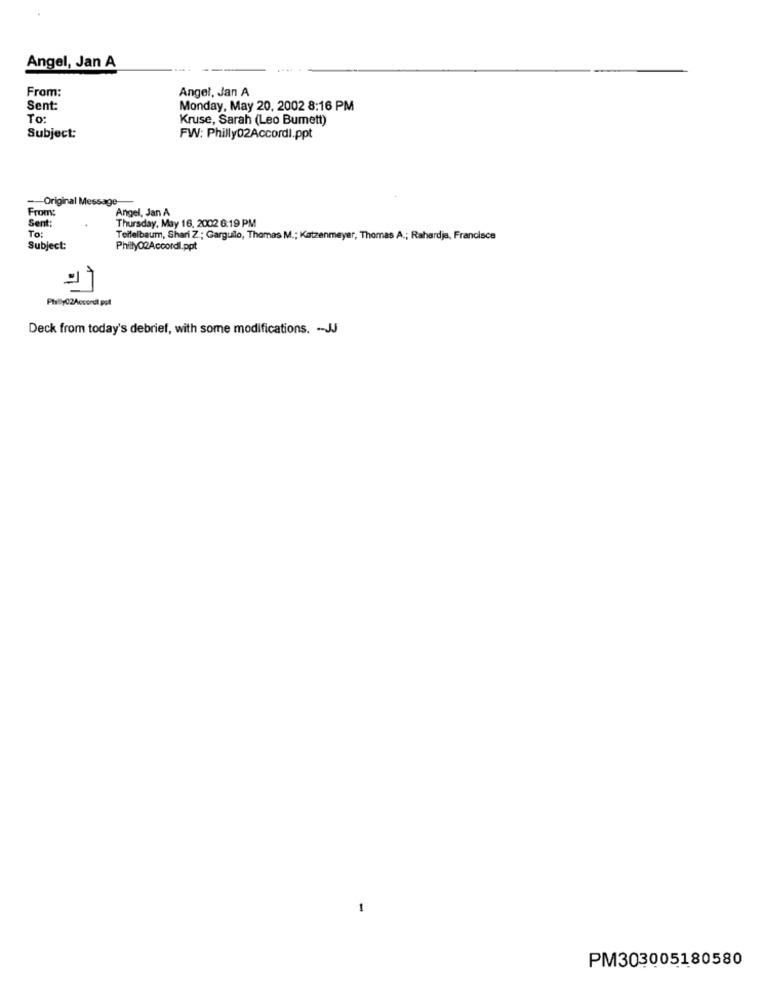
Angel, Jan A
From:
Angel, Jan A
Sent:
Monday, May 20, 2002 8:16 PM
To:
Kruse, Sarah (Leo Burnett)
Subject:
FW: Philly02Accordi.ppt
-Original Message-
From
Angel, Jan A
Thursday, May 16, 2002 6:19 PM
Sent:
To:
Terfelbaum, Shari Z ; Garguilo, Thomas M .; Katzenmeyer, Thomas A .; Rahardje, Francisce
Subject:
Philly02Accordl.ppt
Deck from today's debrief, with some modifications. -- JJ
-
PM303005180580